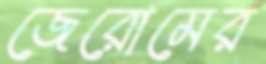
জেরোমের